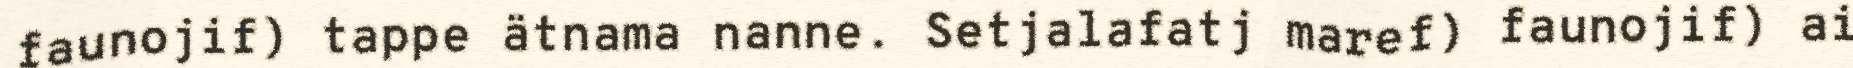
faunojif) tappe ätnama nanne. Setjalafatj maref) faunojif) ai